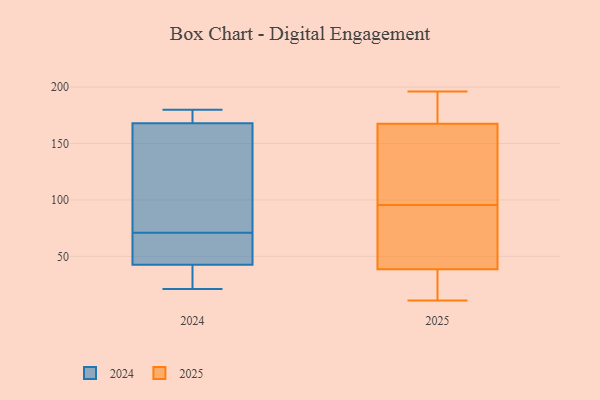
{"axis": {"x": "Gross Profit (USD K)", "y": "Value"}, "legend": ["2024", "2025"], "data": [{"x": "", "y": 165, "type": "2024"}, {"x": "", "y": 41, "type": "2024"}, {"x": "", "y": 21, "type": "2024"}, {"x": "", "y": 177, "type": "2024"}, {"x": "", "y": 180, "type": "2024"}, {"x": "", "y": 50, "type": "2024"}, {"x": "", "y": 43, "type": "2024"}, {"x": "", "y": 179, "type": "2024"}, {"x": "", "y": 23, "type": "2024"}, {"x": "", "y": 94, "type": "2024"}, {"x": "", "y": 106, "type": "2024"}, {"x": "", "y": 46, "type": "2024"}, {"x": "", "y": 71, "type": "2024"}, {"x": "", "y": 76, "type": "2025"}, {"x": "", "y": 186, "type": "2025"}, {"x": "", "y": 12, "type": "2025"}, {"x": "", "y": 101, "type": "2025"}, {"x": "", "y": 29, "type": "2025"}, {"x": "", "y": 113, "type": "2025"}, {"x": "", "y": 36, "type": "2025"}, {"x": "", "y": 139, "type": "2025"}, {"x": "", "y": 159, "type": "2025"}, {"x": "", "y": 11, "type": "2025"}, {"x": "", "y": 122, "type": "2025"}, {"x": "", "y": 186, "type": "2025"}, {"x": "", "y": 176, "type": "2025"}, {"x": "", "y": 182, "type": "2025"}, {"x": "", "y": 196, "type": "2025"}, {"x": "", "y": 37, "type": "2025"}, {"x": "", "y": 57, "type": "2025"}, {"x": "", "y": 40, "type": "2025"}, {"x": "", "y": 74, "type": "2025"}, {"x": "", "y": 90, "type": "2025"}]}